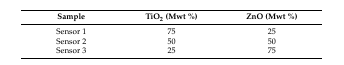
| Sample | TiO2 (Mwt %) | ZnO (Mwt %) |
 | --- | --- | --- |
 | Sensor 1 | 75 | 25 |
 | Sensor 2 | 50 | 50 |
 | Sensor 3 | 25 | 75 |